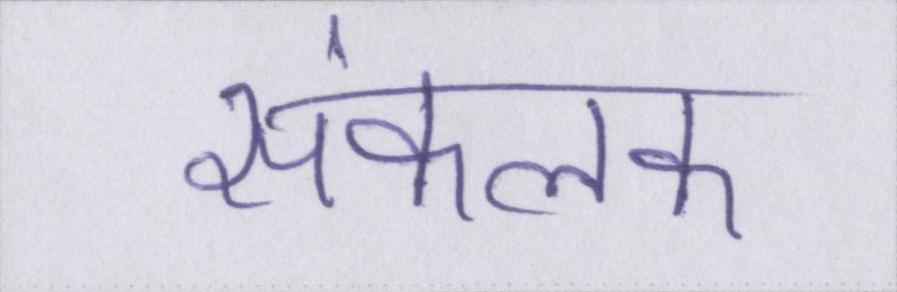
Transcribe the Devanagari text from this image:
संकलक